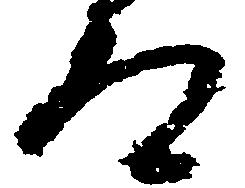
道